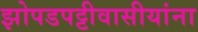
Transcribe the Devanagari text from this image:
झोपडपट्टीवासीयांना